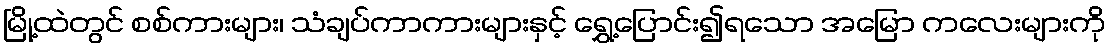
မြို့ထဲတွင် စစ်ကားများ၊ သံချပ်ကာကားများနှင့် ရွှေ့ပြောင်း၍ရသော အမြော ကလေးများကို